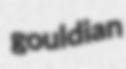
gouldian